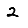
Digit: 2